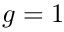
g = 1